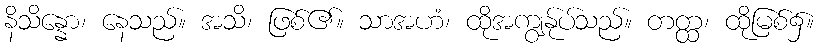
နိသိန္နော၊ နေသည်။ အသိ၊ ဖြစ်၏။ သာအဟံ၊ ထိုအကျွန်ုပ်သည်။ တတ္ထ၊ ထိုမြစ်၌။